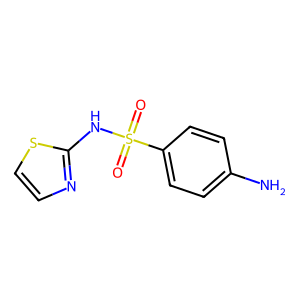
SMILES: Nc1ccc(S(=O)(=O)Nc2nccs2)cc1
Inhibits HIV replication: No